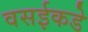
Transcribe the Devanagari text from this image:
वसईकडे